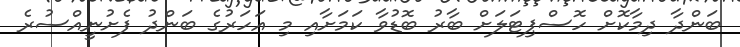
ބަންދާ ދިމާކޮށް ހޮސްޕިޓަލަށް ބާރު ބޮޑުވާ ކަމަށާއި މި އަހަރުގެ ބަންދު ފެށުނީއްސުރެ